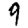
Digit: 9